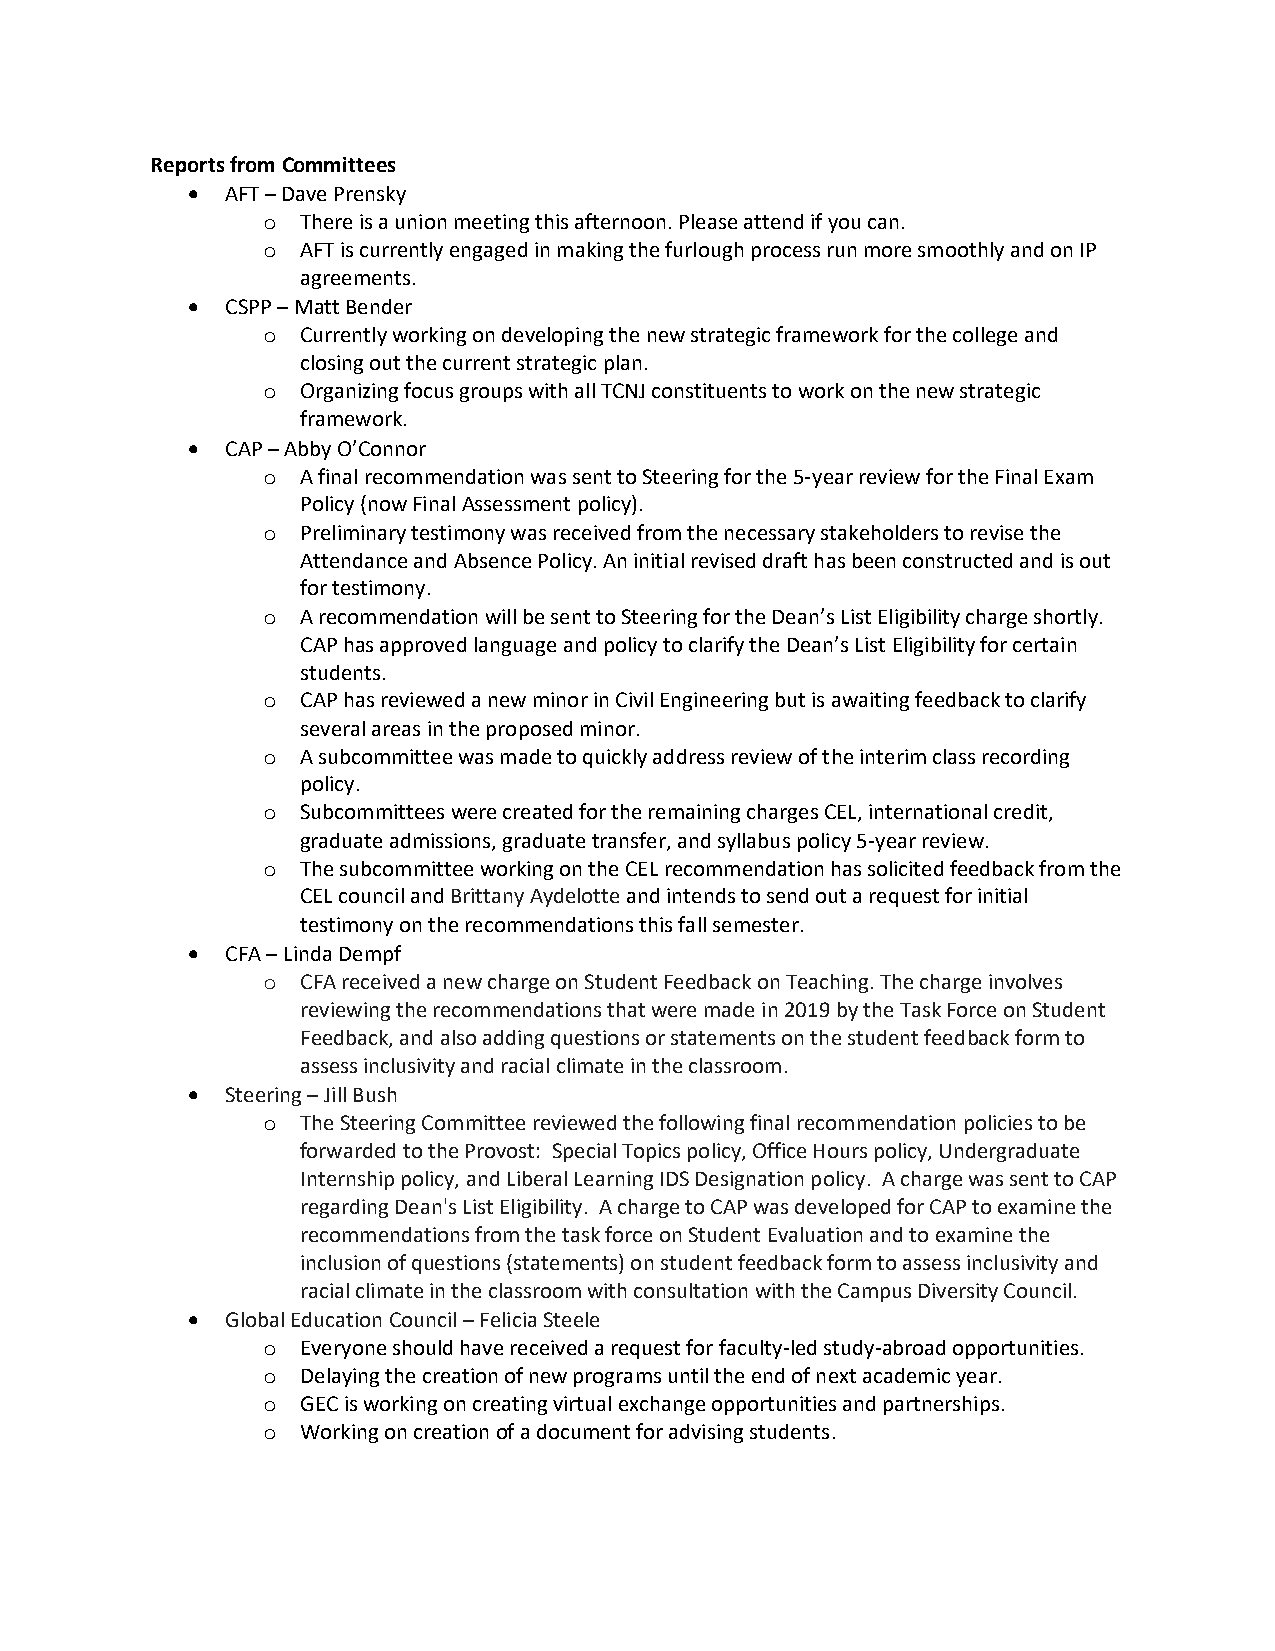
Reports from Committees
 •  AFT – Dave Prensky
 o  There is a union meeting this afternoon. Please attend if you can.
 o  AFT is currently engaged in making the furlough process run more smoothly and on IP
 agreements.
 •  CSPP – Matt Bender
 o  Currently working on developing the new strategic framework for the college and
 closing out the current strategic plan.
 o  Organizing focus groups with all TCNJ constituents to work on the new strategic
 framework.
 •  CAP – Abby O’Connor
 o  A final recommendation was sent to Steering for the 5-year review for the Final Exam
 Policy (now Final Assessment policy).
 o  Preliminary testimony was received from the necessary stakeholders to revise the
 Attendance and Absence Policy. An initial revised draft has been constructed and is out
 for testimony.
 o  A recommendation will be sent to Steering for the Dean’s List Eligibility charge shortly.
 CAP has approved language and policy to clarify the Dean’s List Eligibility for certain
 students.
 o  CAP has reviewed a new minor in Civil Engineering but is awaiting feedback to clarify
 several areas in the proposed minor.
 o  A subcommittee was made to quickly address review of the interim class recording
 policy.
 o  Subcommittees were created for the remaining charges CEL, international credit,
 graduate admissions, graduate transfer, and syllabus policy 5-year review.
 o  The subcommittee working on the CEL recommendation has solicited feedback from the
 CEL council and Brittany Aydelotte and intends to send out a request for initial
 testimony on the recommendations this fall semester.
 •  CFA – Linda Dempf
 o  CFA received a new charge on Student Feedback on Teaching. The charge involves
 reviewing the recommendations that were made in 2019 by the Task Force on Student
 Feedback, and also adding questions or statements on the student feedback form to
 assess inclusivity and racial climate in the classroom.
 •  Steering – Jill Bush
 o  The Steering Committee reviewed the following final recommendation policies to be
 forwarded to the Provost: Special Topics policy, Office Hours policy, Undergraduate
 Internship policy, and Liberal Learning IDS Designation policy. A charge was sent to CAP
 regarding Dean's List Eligibility. A charge to CAP was developed for CAP to examine the
 recommendations from the task force on Student Evaluation and to examine the
 inclusion of questions (statements) on student feedback form to assess inclusivity and
 racial climate in the classroom with consultation with the Campus Diversity Council.
 •  Global Education Council – Felicia Steele
 o  Everyone should have received a request for faculty-led study-abroad opportunities.
 o  Delaying the creation of new programs until the end of next academic year.
 o  GEC is working on creating virtual exchange opportunities and partnerships.
 o  Working on creation of a document for advising students.